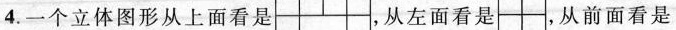
4.一个立体图形从上面看是 ，从左面看是 ，从前面看是